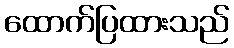
ထောက်ပြထားသည်